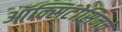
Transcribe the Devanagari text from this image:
ऑक्सिटोसिनचे